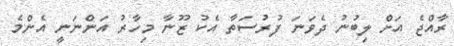
ރާއްޖެ އަށް ލިިބުނު ދެވަނަ ފުރުސަތާ އެކު ޒޫނާ މިހާރު އަންނަނީ އެންމެ